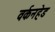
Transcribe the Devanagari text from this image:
वर्कनहेड